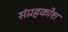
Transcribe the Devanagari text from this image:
संग्रहकोश